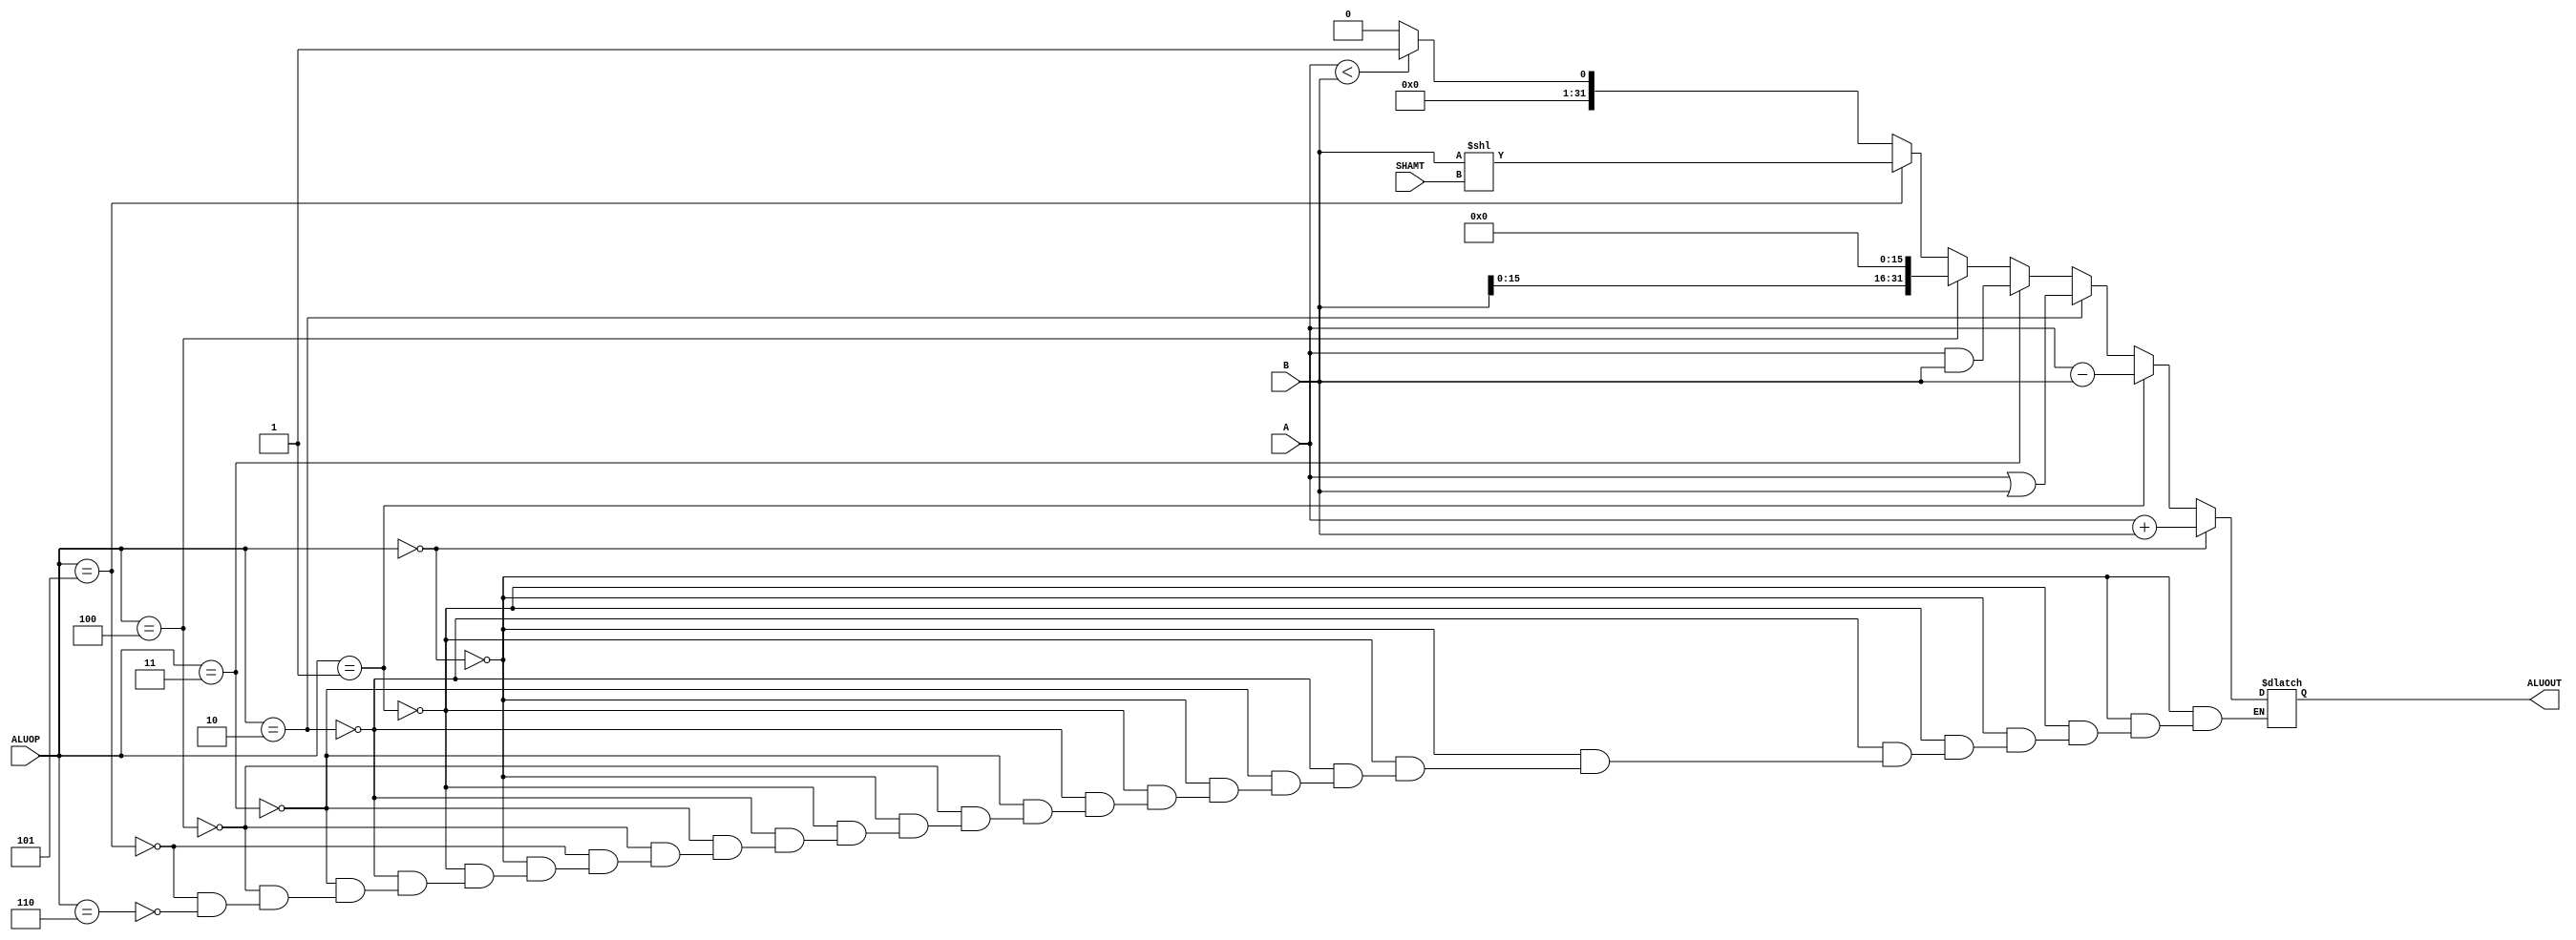
`timescale 1ns / 1ps

`define ADD 0
`define SUB 1
`define OR 2
`define AND 3
`define LUI 4
`define SLL 5
`define SLTI 6


module ALU(
    input [31:0] A,
    input [31:0] B,
    input [3:0] ALUOP,
	input [4:0] SHAMT,
    output reg [31:0] ALUOUT
    );
    // aluout
	always @(*) begin
        if (ALUOP==`ADD) begin
            ALUOUT = A+B;
        end
        else if (ALUOP==`SUB) begin
            ALUOUT = A - B;
        end
        else if (ALUOP==`OR) begin
            ALUOUT = A|B;
        end
        else if (ALUOP==`AND) begin
            ALUOUT = A&B;
        end
        else if (ALUOP==`LUI) begin
            ALUOUT = B<<16;
        end
		  else if (ALUOP==`SLL) begin
			   ALUOUT = B<<SHAMT;
		  end
        else if (ALUOP==`SLTI) begin
            ALUOUT = ($signed(A)<$signed(B))?32'd1:32'd0;
        end
    end

endmodule